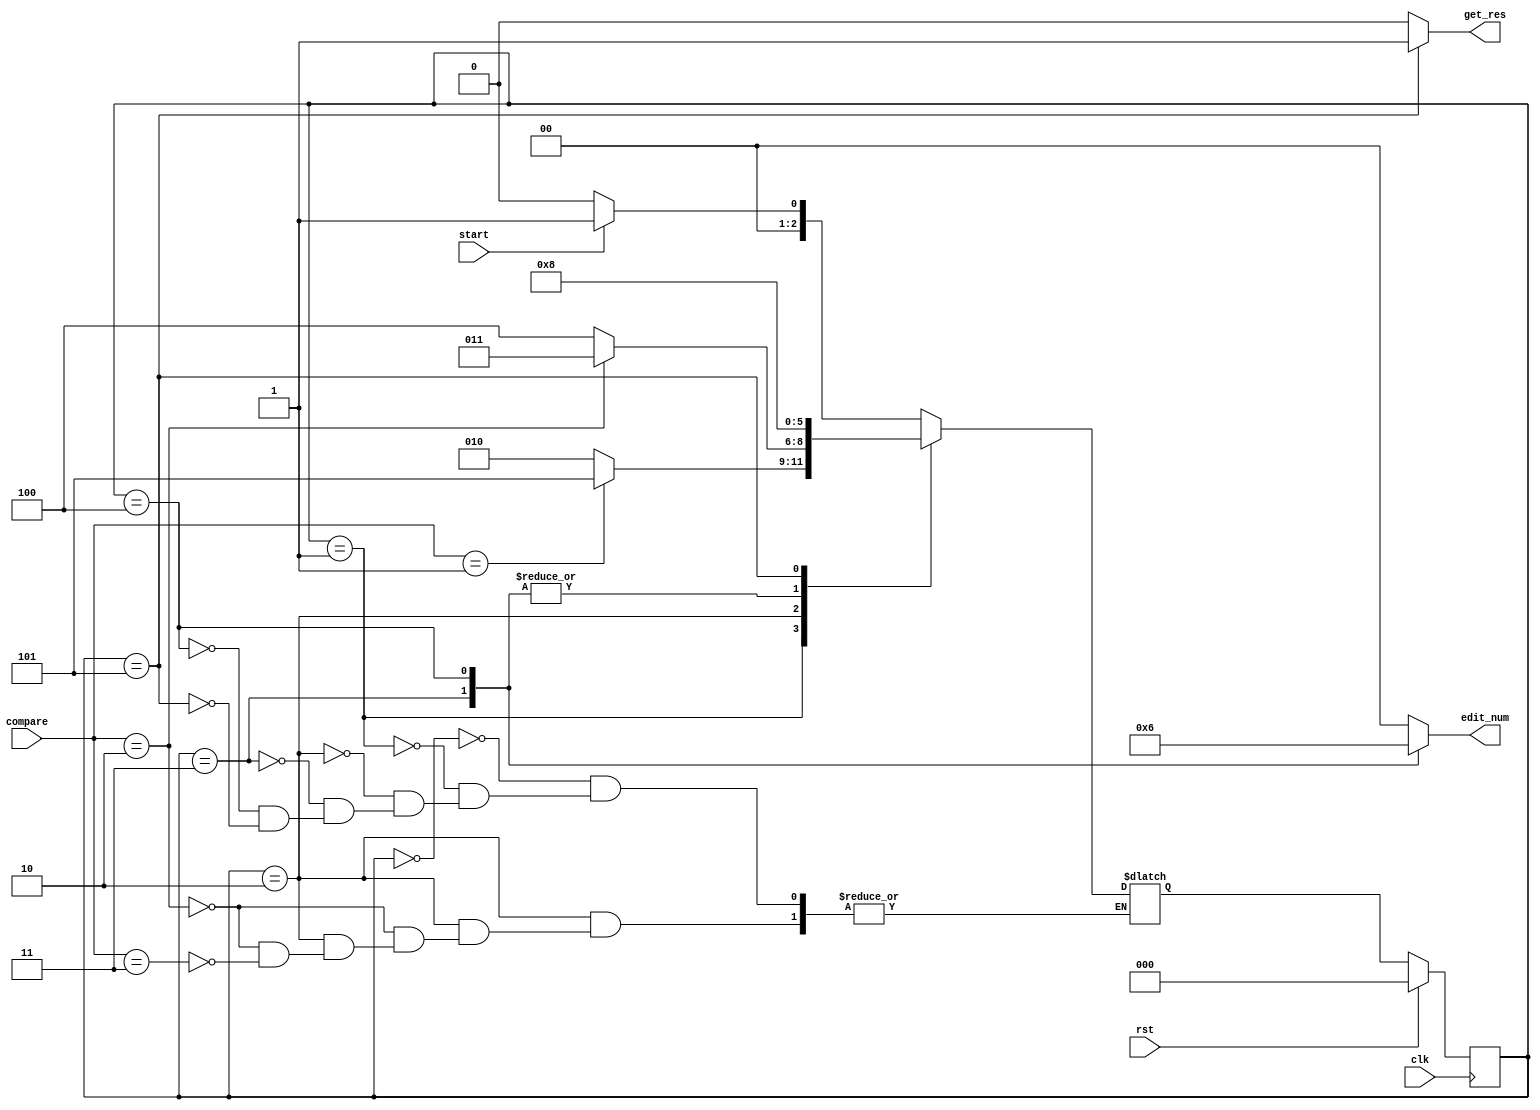
module gcd_controller(
    input clk,
	input rst,
	input start,
	input [1:0]compare,
	output reg [1:0]edit_num,
	output reg get_res
);

reg [2:0] curr_state, next_state;
parameter [2:0] wait_start = 3'd0,
                check_equal = 3'd1,
				check_greater = 3'd2,
				check_A = 3'd3,
				check_B = 3'd4,
				get_result = 3'd5;

always @(posedge clk) begin
    if(rst)begin
        curr_state = wait_start;		
	end
	else begin
	    curr_state = next_state;
	end
end

always @(*) begin
    edit_num = 0;
	get_res = 0;
	
	case(curr_state)
	
	wait_start: begin
	    if(start == 0) next_state = wait_start;
	    else next_state = check_equal;
	end
	
	check_equal: begin
     	if(compare == 1) next_state = get_result; 
        else next_state = check_greater;	
	end
	
	check_greater: begin
		if(compare == 2) 
		next_state = check_A;
        else if(compare == 3) 
		next_state = check_B;		
	end
	
	check_A: begin
	    edit_num = 1;
        next_state = check_equal;	
	end
	
	check_B: begin
	    edit_num = 2;
        next_state = check_equal;	
	end
	
	get_result: begin
	    get_res = 1;
		next_state = wait_start;
	end
	endcase
end
endmodule